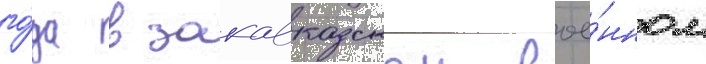
го́да в закавказском вое́нном